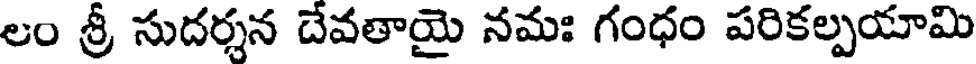
లం శ్రీ సుదర్శన దేవతాయై నమః గంధం పరికల్పయామి